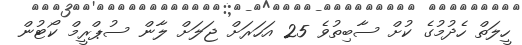
ހީލަތް ހެދުމުގެ ކުށް ސާބިތުވެ 25 އަހަރަށް ޖަލަށް ލާން ސުޕްރީމް ކޯޓުން